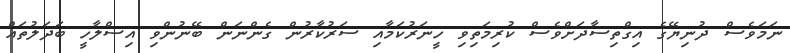
ނަމަވެސް ދުނިޔޭގެ އިގްތިސާދަށްވެސް ކުރިމަތިވި ހީނަރުކަމާއި ސަރުކާރުން ގެންނަން ބޭނުންވި އިސްލާހީ ބަދަލުތައް